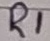
Text: R1